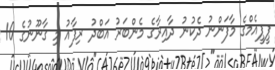
ޕީޕީއެމްގެ މާފަންނު ދެކުނު ދާއިރާގެ މެންބަރު އަބްދު ރިފާއު މި ގާނޫނުގެ 10